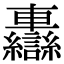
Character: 𨏷